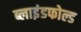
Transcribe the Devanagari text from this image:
ब्लाइंडफोल्ड